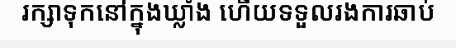
រក្សាទុកនៅក្នុងឃ្លាំង ហើយទទួលរងការឆាប់